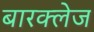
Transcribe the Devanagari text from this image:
बारक्लेज